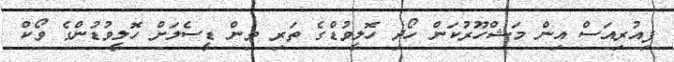
ފިއުރިއަސް އިން މަޝްހޫރުކަން ހޯދި ހޮލީވުޑްގެ ތަރި ވިން ޑީސެލަށް ހޮލީވުޑުންގެ ވޯކް